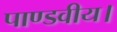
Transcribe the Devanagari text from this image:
पाण्डवीय।